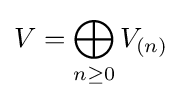
V=\bigoplus _{n\geq 0}V_{(n)}